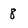
Character: 8